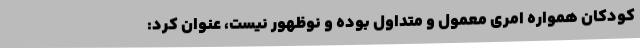
کودکان همواره امری معمول و متداول بوده و نوظهور نیست، عنوان کرد: